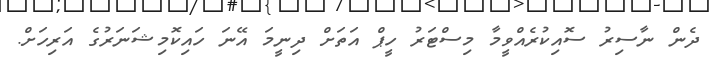
ދެން ނާސިރު ސޮއިކުރެއްވީމާ މިސްޓަރު ހީޕް އަތަށް ދިނީމަ އޭނަ ހައިކޮމިޝަނަރުގެ އަރިހަށް.